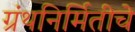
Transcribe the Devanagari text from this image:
ग्रंथनिर्मितीचे